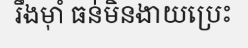
រឹងម៉ាំ ធន់មិនងាយប្រេះ